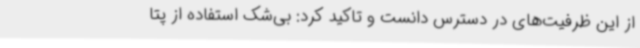
از این ظرفیت‌های در دسترس دانست و تاکید کرد: بی‌شک استفاده از پتا